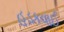
હડકવાઈ